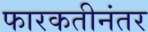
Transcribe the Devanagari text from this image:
फारकतीनंतर